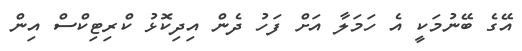
އޭގެ ބޭނުމަކީ އެ ހަމަލާ އަށް ފަހު ދެން އިދިކޮޅު ކްރިޓިކްސް އިން